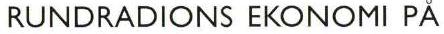
RUNDRADIONS EKONOMI PÅ